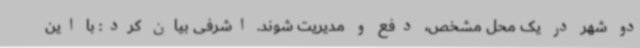
دو شهر در یک محل مشخص، دفع و مدیریت شوند. اشرفی بیان کرد: با این